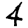
Digit: 4